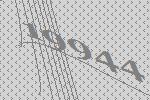
19944